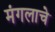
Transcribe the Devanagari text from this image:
मंगलाचे